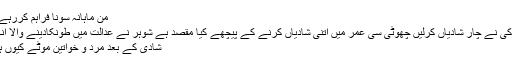
من ماہانہ سونا فراہم کررہے ہیں کیونکہ
پنددہ سالہ لڑکی نے چار شادیاں کرلیں چھوٹی سی عمر میں اتنی شادیاں کرنے کے پیچھے کیا مقصد ہے شوہر نے عدالت میں طونکادینے والا انکشاف کردیا
شادی کے بعد مرد و خواتین موٹے کیوں ہوجاتے ہیں؟